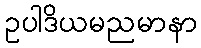
ဥပါဒိယမညမာနာ